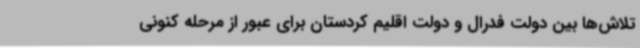
تلاش‌ها بین دولت فدرال و دولت اقلیم کردستان برای عبور از مرحله کنونی